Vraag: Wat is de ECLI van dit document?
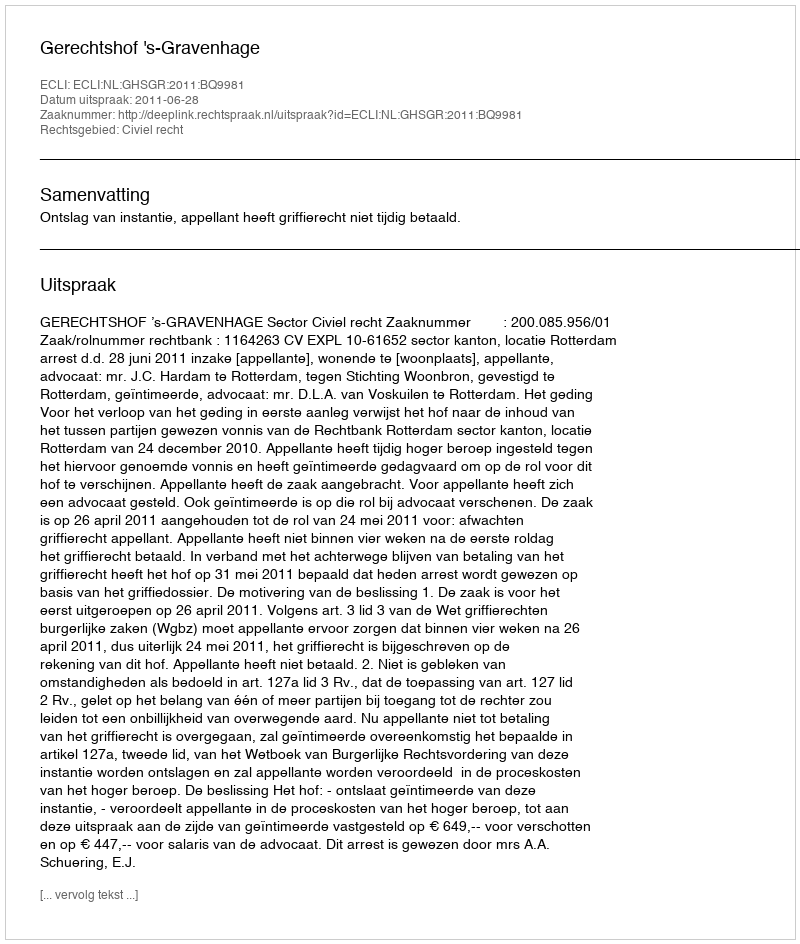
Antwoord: ECLI:NL:GHSGR:2011:BQ9981